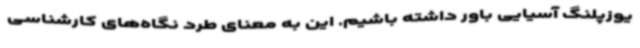
یوزپلنگ آسیایی باور داشته باشیم. این به معنای طرد نگاه‌های کارشناسی